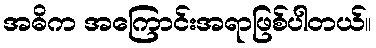
အဓိက အကြောင်းအရာဖြစ်ပါတယ်။